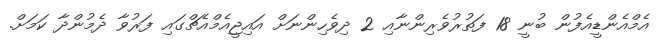
އެމްއެންޑީއެފުން ބުނީ 18 ފަތުރުވެރިންނާއި 2 ދިވެހިންނަށް އައިޖީއެމްއެޗްގައި ފަރުވާ ދެމުންދާ ކަމަށް.